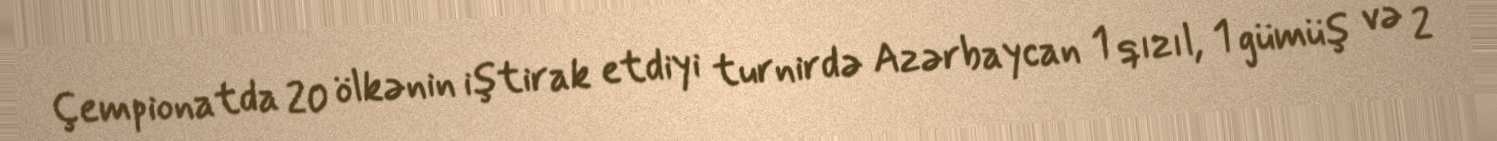
Çempionatda 20 ölkənin iştirak etdiyi turnirdə Azərbaycan 1 qızıl, 1 gümüş və 2